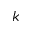
k